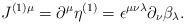
LaTeX: \begin{align*}J^{(1)\mu}= \partial^\mu \eta^{(1)} = \epsilon^{\mu \nu \lambda} \partial_\nu\beta_\lambda .\end{align*}